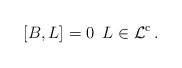
\begin{align*} [B, L ] = 0 \,\,\, L \in \mathcal{L}^\mathrm{c}\,.\end{align*}